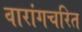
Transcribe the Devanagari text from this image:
वारांगचरित